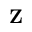
\mathbf { Z }